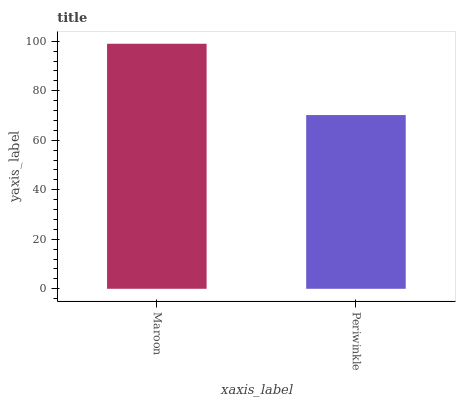
| xaxis_label | bars |
 | --- | --- |
 | Maroon | 99 |
 | Periwinkle | 70.2 |